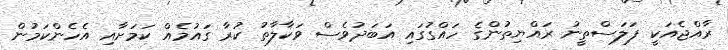
ރާއްޖެއަކީ ފަލަސްތީނު ރައްޔިތުންގެ ހައްގުގައި އަބަދުވެސް ވަކާލާތު ކުރާ ގައުމެއް ކަމަށާއި އެހެންކަމުން